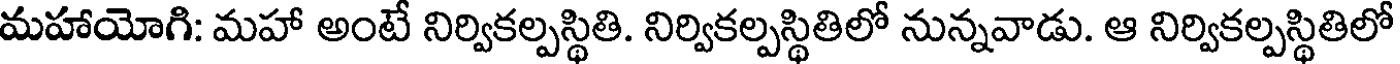
మహాయోగి: మహా అంటే నిర్వికల్పస్థితి. నిర్వికల్పస్థితిలో నున్నవాడు. ఆ నిర్వికల్పస్థితిలో